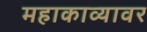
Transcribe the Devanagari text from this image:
महाकाव्यावर